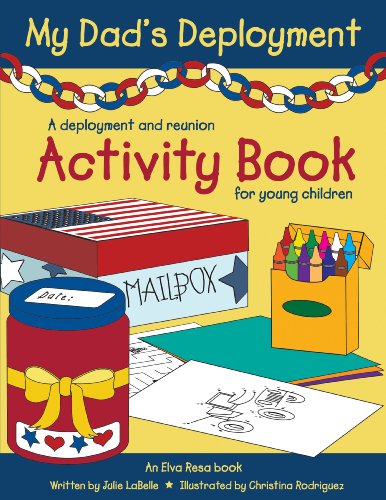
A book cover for My Dad's Deployment: A deployment and reunion activity book for young children; Julie LaBelle; Children's Books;